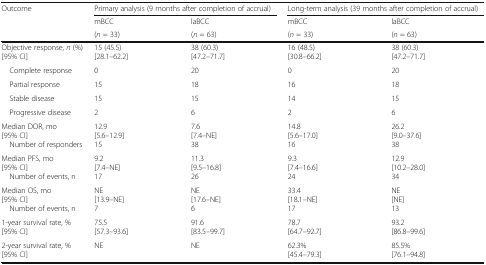
<table><thead><tr><td rowspan="3"><b>Outcome</b></td><td colspan="2"><b>Primary analysis (9 months after completion of accrual)</b></td><td colspan="2"><b>Long-term analysis (39 months after completion of accrual)</b></td></tr><tr><td><b>mBCC</b></td><td><b>laBCC</b></td><td><b>mBCC</b></td><td><b>laBCC</b></td></tr><tr><td><b>(<i>n</i> = 33)</b></td><td><b>(<i>n</i> = 63)</b></td><td><b>(<i>n</i> = 33)</b></td><td><b>(<i>n</i> = 63)</b></td></tr></thead><tbody><tr><td>Objective response, <i>n</i> (%)[95% CI]</td><td>15 (45.5)[28.1–62.2]</td><td>38 (60.3)[47.2–71.7]</td><td>16 (48.5)[30.8–66.2]</td><td>38 (60.3)[47.2–71.7]</td></tr><tr><td> Complete response</td><td>0</td><td>20</td><td>0</td><td>20</td></tr><tr><td> Partial response</td><td>15</td><td>18</td><td>16</td><td>18</td></tr><tr><td> Stable disease</td><td>15</td><td>15</td><td>14</td><td>15</td></tr><tr><td> Progressive disease</td><td>2</td><td>6</td><td>2</td><td>6</td></tr><tr><td>Median DOR, mo[95% CI] Number of responders</td><td>12.9[5.6–12.9]15</td><td>7.6[7.4–NE]38</td><td>14.8[5.6–17.0]16</td><td>26.2[9.0–37.6]38</td></tr><tr><td>Median PFS, mo[95% CI] Number of events, n</td><td>9.2[7.4–NE]17</td><td>11.3[9.5–16.8]26</td><td>9.3[7.4–16.6]24</td><td>12.9[10.2–28.0]34</td></tr><tr><td>Median OS, mo[95% CI] Number of events, n</td><td>NE[13.9–NE]7</td><td>NE[17.6–NE]6</td><td>33.4[18.1–NE]17</td><td>NE[NE]13</td></tr><tr><td>1-year survival rate, %[95% CI]</td><td>75.5[57.3–93.6]</td><td>91.6[83.5–99.7]</td><td>78.7[64.7–92.7]</td><td>93.2[86.8–99.6]</td></tr><tr><td>2-year survival rate, %[95% CI]</td><td>NE</td><td>NE</td><td>62.3%[45.4–79.3]</td><td>85.5%[76.1–94.8]</td></tr></tbody></table>